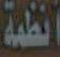
انظمة